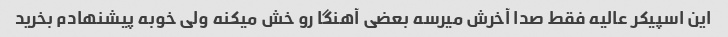
این اسپیکر عالیه فقط صدا آخرش میرسه بعضی آهنگا رو خش میکنه ولی خوبه پیشنهادم بخرید